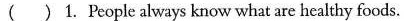
()1. People always know what are healthy foods.